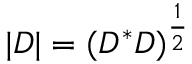
| D | = ( D ^ { * } D ) ^ { \frac { 1 } { 2 } }